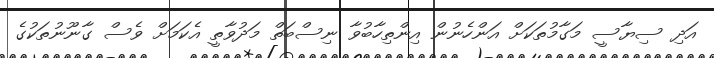
އަދި ސިޔާސީ މަގާމުތަކަށް އަންހެނުން އިންތިހާބުވާ ނިސްބަތް މަދުވާތީ އެކަމަށް ވެސް ގާނޫނުތަކުގެ